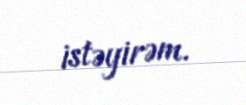
istəyirəm.